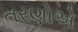
તરણોએ